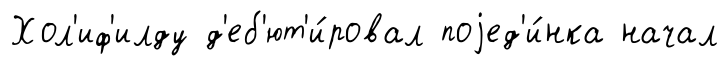
Хол'иф'илду д'еб'ют'и́ровал поjед'и́нка начал